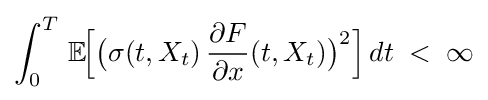
\int _{0}^{T}\,\mathbb {E} \!{\Bigl [}{\bigl (}\sigma (t,X_{t})\,{\frac {\partial F}{\partial x}}(t,X_{t}){\bigr )}^{2}{\Bigr ]}\,dt\;<\;\infty